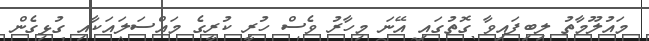
މައުލޫމާތު ލިބިފައިވާ ގޮތުގައި އޭނަ މިހާރު ވެސް ހުރީ ކުރީގެ މައްސަލައަކާއި ގުޅިގެން